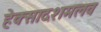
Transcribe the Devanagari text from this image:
हेक्सादशमलव